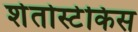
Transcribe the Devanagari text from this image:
शेतोस्टेकिस